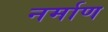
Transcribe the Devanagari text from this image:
नर्माण